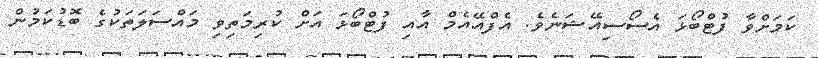
ކަމަށްވާ ފުޓްބޯޅަ އެސޯސިއޭޝަނެވެ. އެފްއޭއެމް އާއި ފުޓްބޯޅަ އަށް ކުރިމަތިވި މައްސަލަތަކުގެ ބޮޑުކަމުން